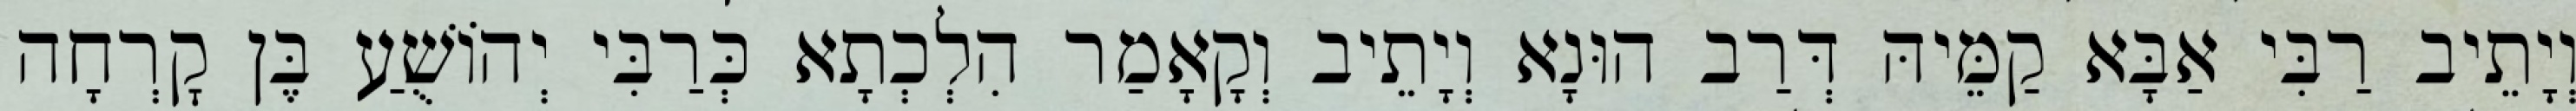
וְיָתֵיב רַבִּי אַבָּא קַמֵּיהּ דְּרַב הוּנָא וְיָתֵיב וְקָאָמַר הִלְכְתָא כְּרַבִּי יְהוֹשֻׁעַ בֶּן קׇרְחָה